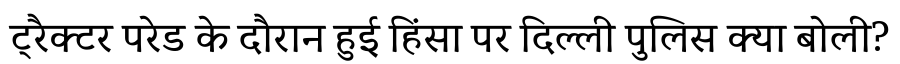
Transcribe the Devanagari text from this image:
ट्रैक्टर परेड के दौरान हुई हिंसा पर दिल्ली पुलिस क्या बोली?